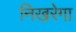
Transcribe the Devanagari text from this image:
निखरेगा